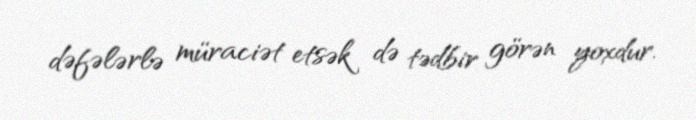
dəfələrlə müraciət etsək də tədbir görən yoxdur.